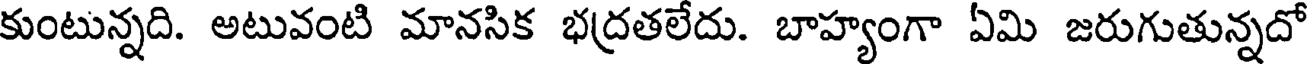
కుంటున్నది. అటువంటి మానసిక భద్రతలేదు. బాహ్యంగా ఏమి జరుగుతున్నదో